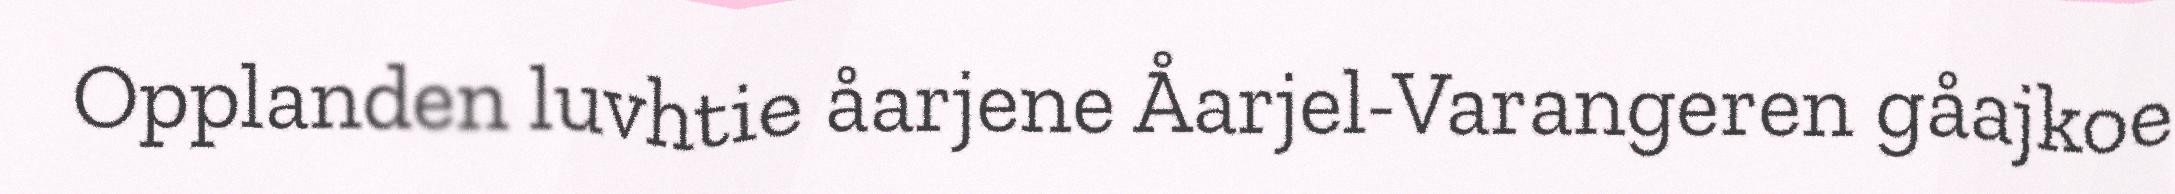
Opplanden luvhtie åarjene Åarjel-Varangeren gåajkoe